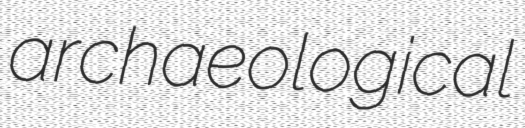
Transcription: archaeological